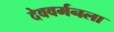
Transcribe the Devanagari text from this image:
देववर्मनला